Senior Leaving Certificate Examination (including Day School Certificate (Higher) General paper), 1946
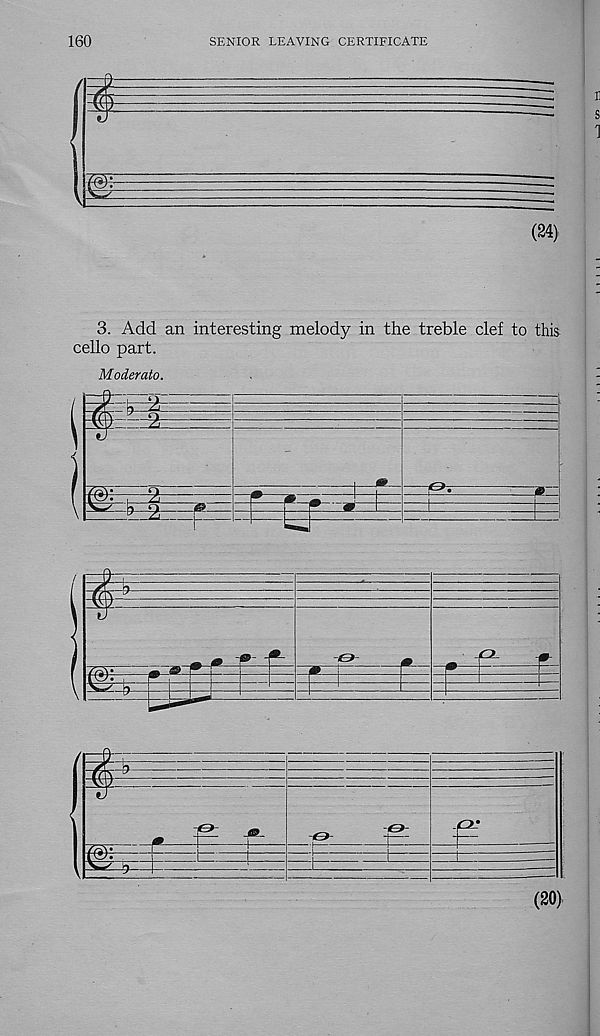
160
SENIOR LEAVING CERTIFICATE
m
3. Add an interesting melody in the treble clef to this
cello part.
Moderato.
il
w-
CJ
CJ
i
T©-
(20)